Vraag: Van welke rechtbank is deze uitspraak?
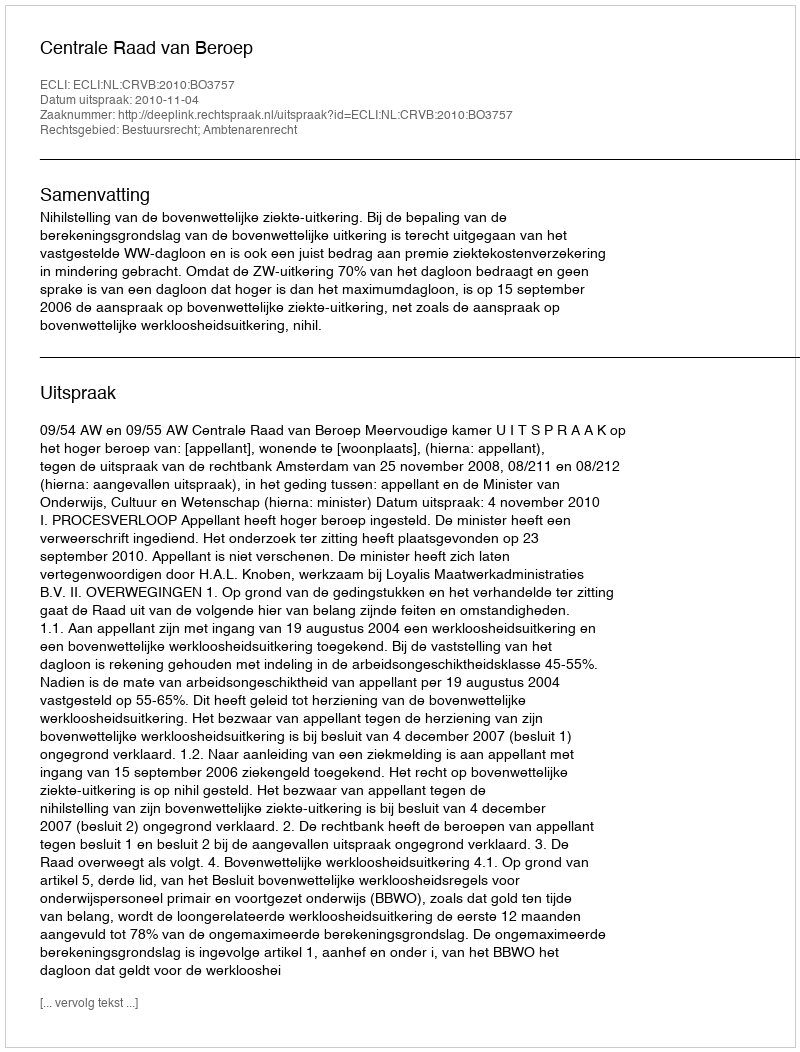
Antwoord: Centrale Raad van Beroep